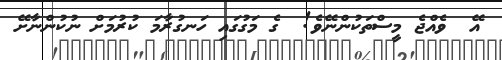
އޭ  ވެއްޖެ މީސްތަކުންނޭވެ!  ގެ މަގުގައި ހަނގުރާމަ ކުރުމަށް ނުކުންނާށޭ